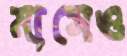
মাসেও